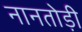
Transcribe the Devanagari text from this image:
नानतोड़ी